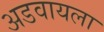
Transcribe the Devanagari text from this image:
अडवायला